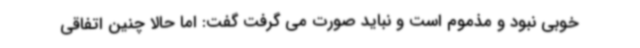
خوبی نبود و مذموم است و نباید صورت می گرفت گفت: اما حالا چنین اتفاقی